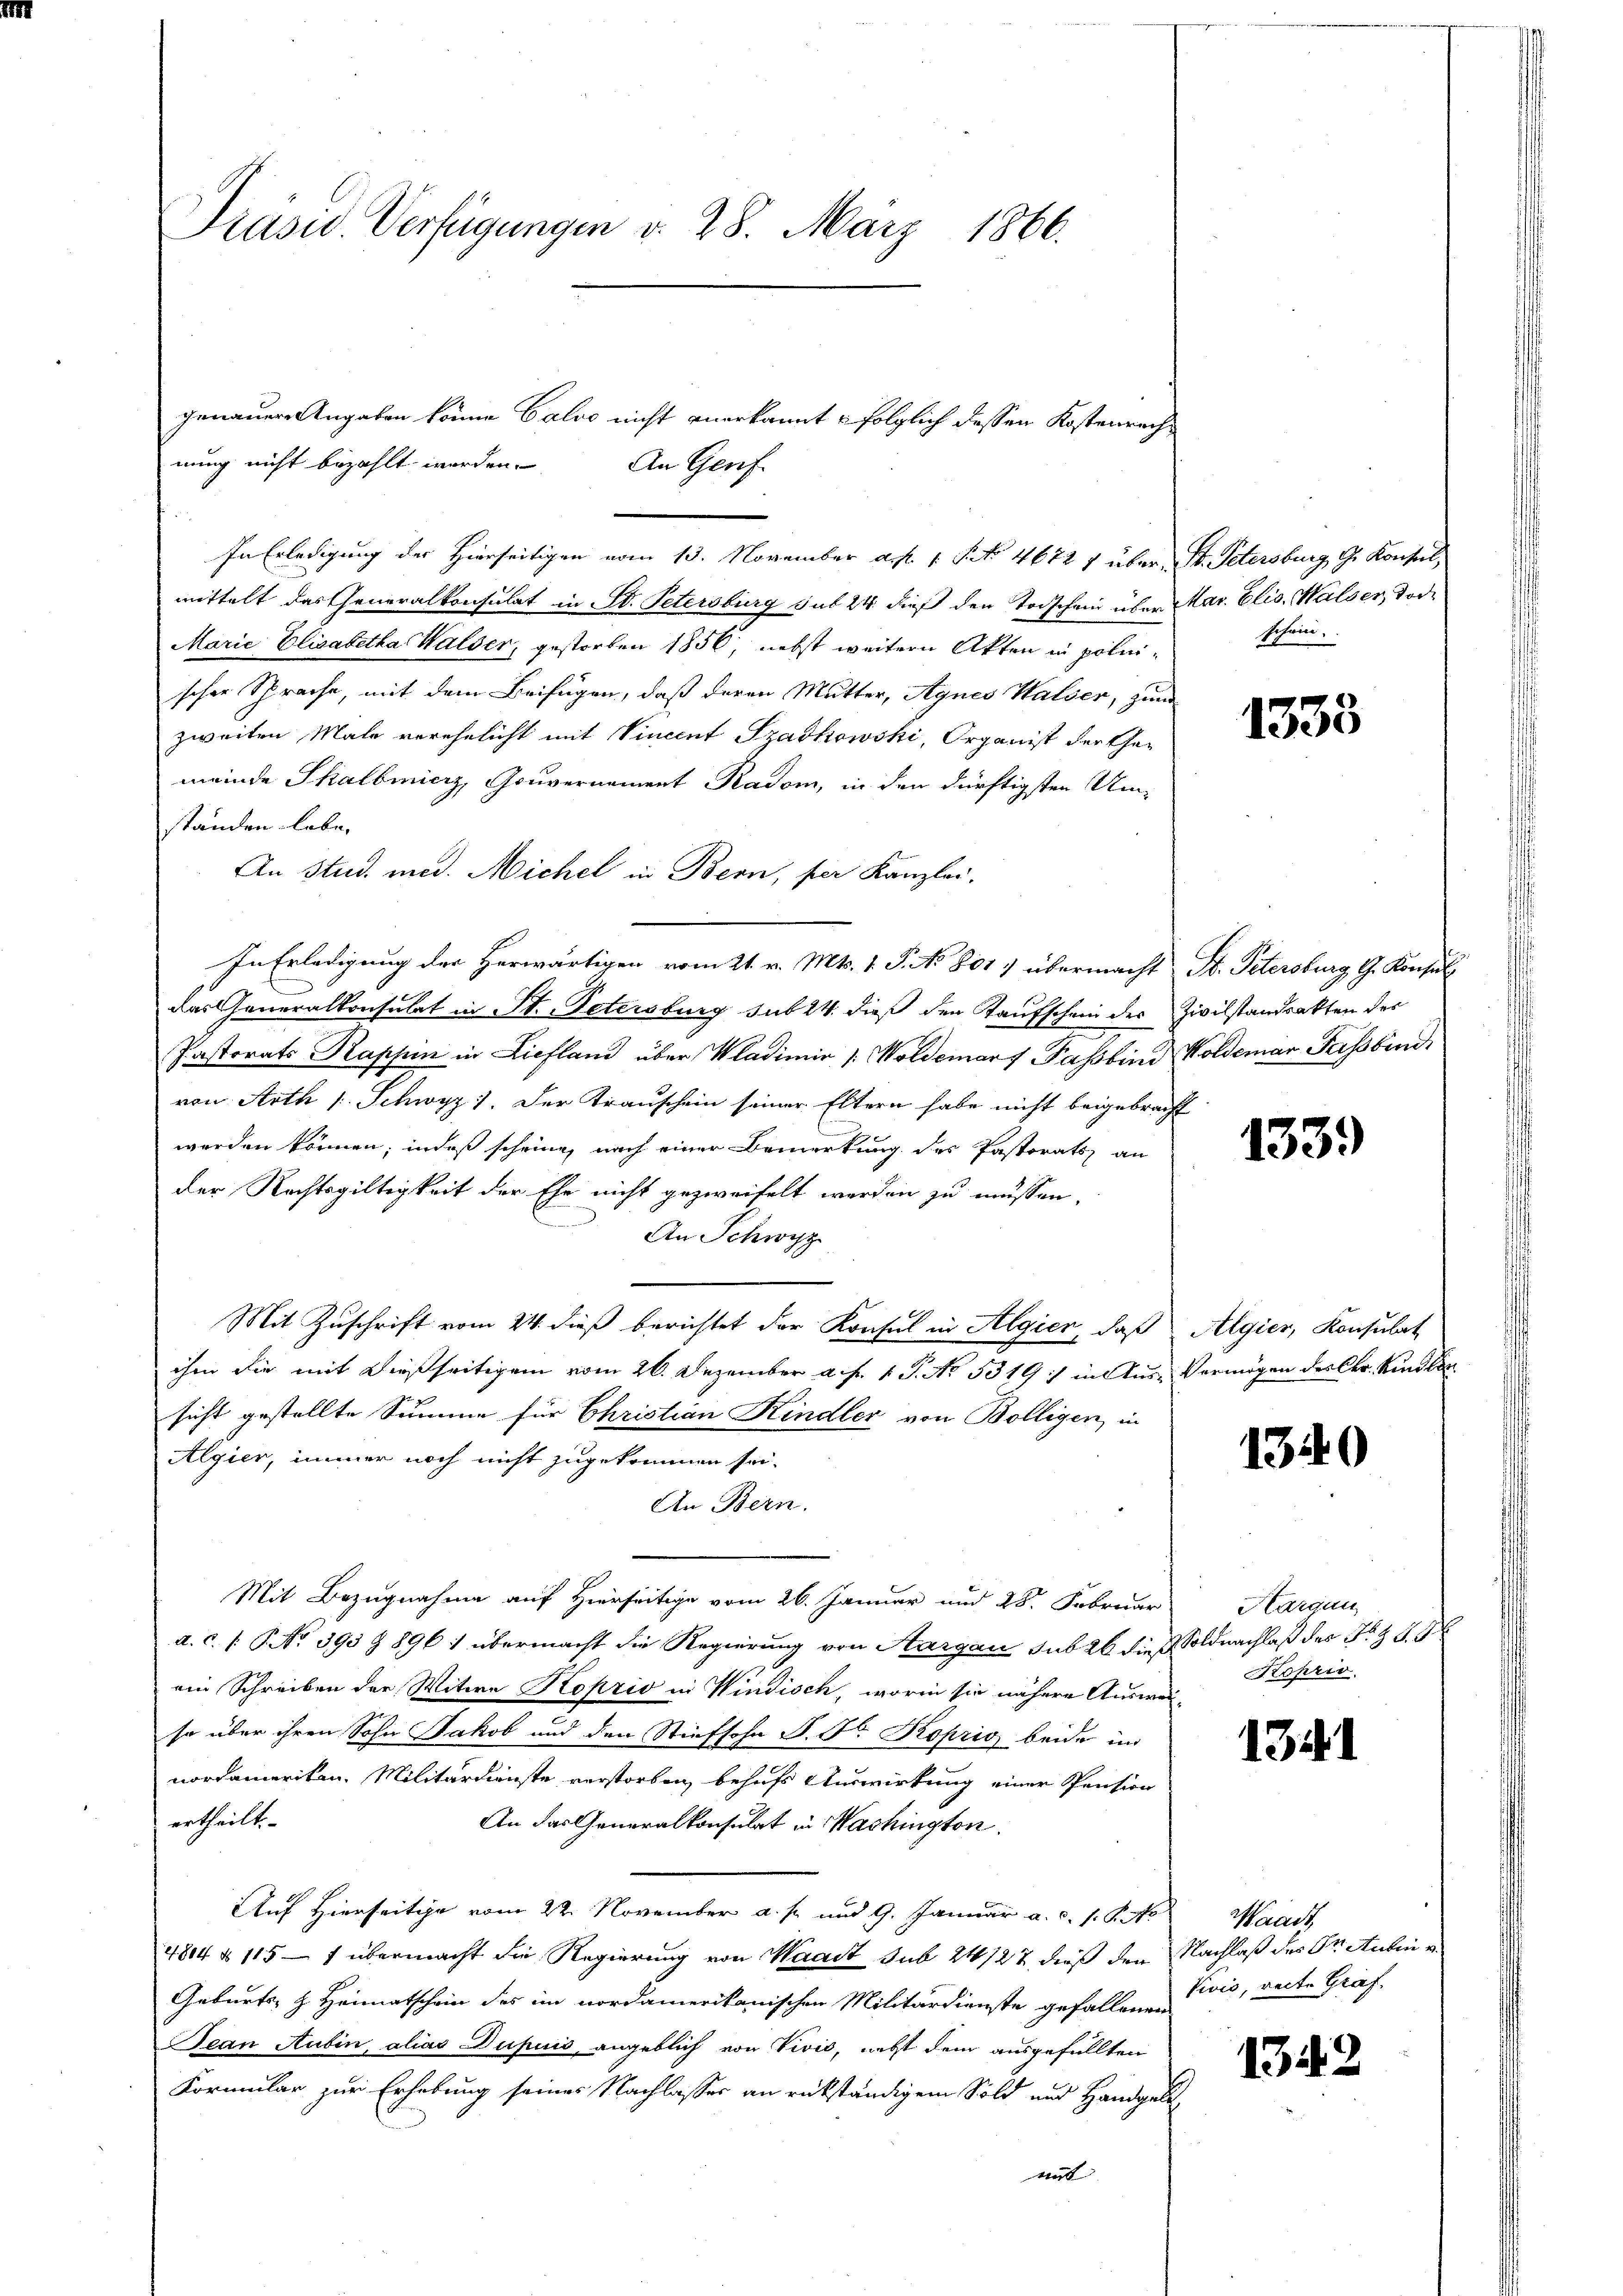
Präsid. Verfügungen d. 28. März 1866.

genauer Angaben könne Calvo nicht anerkannt : folglich dessen Kostenrechnung nicht bezahlt werden.
An Genf.
mittelt das Generalkonsulat in Bd. Petersburg sub 24 dieß den Todschein über Mar. Elis. Walser, Tode
Marie Elisabetha Walder, gestorben 1856, nebst weitern Akten in polnischer Sprache, mit dem Beifügen, daß deren Mutter, Agnes Walser, zum
zweiten Male verehelicht mit Vincent Szadkowski, Organist der Gemeinde Thalbmierz, Gouvernament Radom, in den dürftigsten Umständen lebe.
An Stud. med. Nichel in Bern, per Kanzlei.
In Erledigung der Herwärtigen vom 21. v. Mts. 1. P. No 801 übermacht St. Petersburg, G. Konsul
das Generalkonsulat in St. Petersburg sub 24. dieß den Kaufschein des
Pastorats Kappin in Liefland über Wladimir |: Woldemarf Passbend Koldemar Fassbund
von Arth 1 Schwyz 1. Der Krauschein seiner Eltern habe nicht beigebracht
werden können; indeß scheine, nach einer Bemerkung des Pastorats an
der Rechtsgültigkeit der Ehe nicht gezweifelt werden zu müssen,
An Schwyz
Mit Zuschrift vom 24. dieß berichtet der Konsul in Algier, daß Algier, Konsulat
ihm die mit dießseitigen vom 26. Dezember a. f. 1. P. No. 5319:/ in Aus-Vermögen des Chr. Kindlin
sicht gestellte Summe für Christian Kindler von Bolligen, in
Algier, immer noch nicht zugekommen sei.
An Bern.
Mit Bezugnahme auf Hierseitige vom 26. Januar und 28. Februar
a. c. f. P. No 395 Z 1896 1 übermacht die Regierung von Aargau sub 26 dieß Soldnachlaß des No 49
ein Schreiben der Witwe Rokzio in Windisch, worin sie nähere Ausweiso über ihren Sohn Jakob und den Stiefsohn P. Fr. Koprig beide im
nordameriken. Militärdienste verstorben, behufs Auswirkung einer Pension
ertheilt.
An das Generalkonsulat in Washington
Auf Hierseitige vom 22. November a. p. und 9. Januar a. c. s. S. M. Waadt,
4814 § 115 — 1 übermacht die Regierung von Waadt sub 21/22 dieß den Nachlaß des Dr. Aubin u.
Geburts- & Heimatschein des im nordamerikanischen Militärdienste gefallene Pivis, reite Gräf-
Jean Rubin, alias Dupuis angeblich von Vivis, nebst dem ausgefüllten
Kormular zur Erhebung seiner Nachlasses an rückständigem Sold und Handgel
mit |

In Erledigung der Hierseitigen vom 13. November a. p. 1 S. 4672 7 über St. Petersburg, G. Konsul

schein.

1335

Zivilstandsakten der

1339)

1340

Hargun
Koprio.

1341

1342